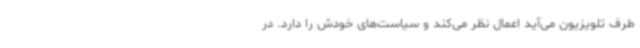
طرف تلویزیون می‌آید اعمال نظر می‌کند و سیاست‌های خودش را دارد. در